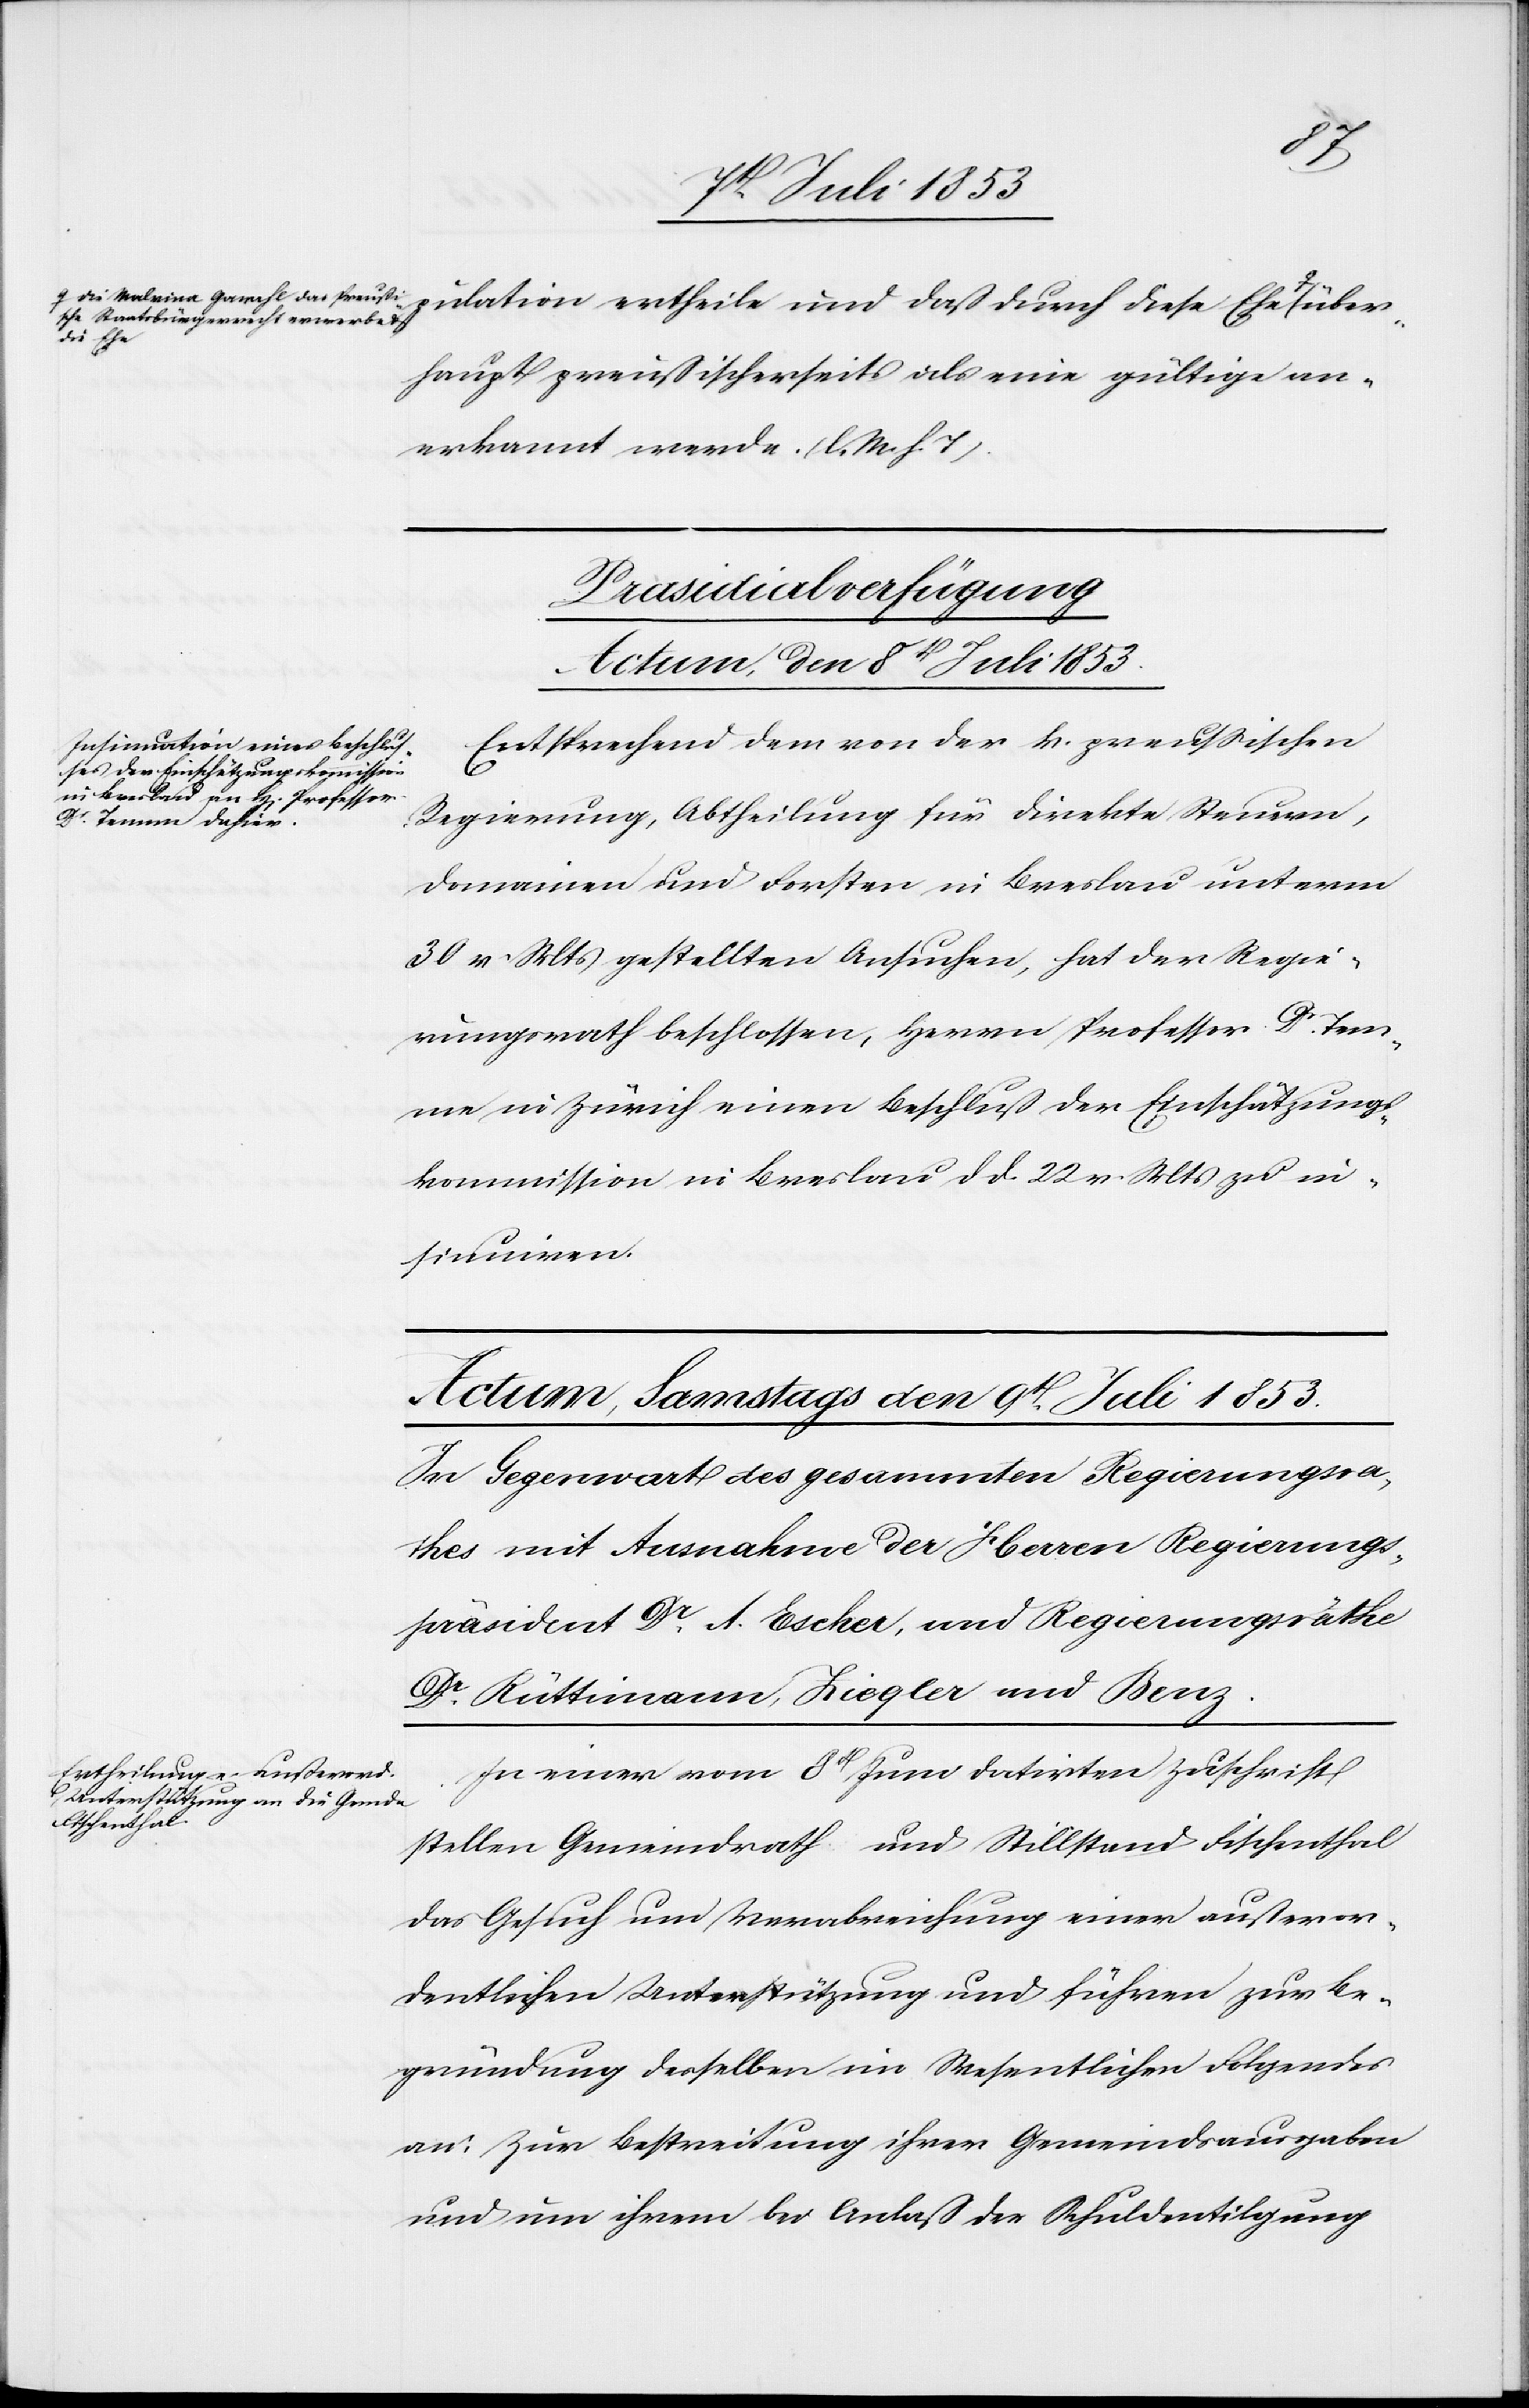
Preuß¬
ische Staatsbürgerrecht erwerbe u.
über¬
haupt preußischerseits als eine gültige an¬
erkannt werde. [l. M. h. T]
Prasidialverfügung
Actum den 8t[en] Juli 1853.
Entsprechend dem von der h. preußischen
Regierung, Abtheilung für direkte Steuern,
Domainen und Forsten, in Breslau unterm
30 v. Mts. gestellten Ansuchen, hat der Regie¬
rungsrath beschlossen, Herrn Professor Dr Tem¬
me in Zürich einen Beschluß der Einschätzungs¬
kommission in Breslau d. d. 22 v. Mts. zu in¬
sinuiren.
In einer vom 8t Juni datirten Zuschrift
stellen Gemeindrath und Stillstand Fischenthal
das Gesuch um Verabreichung einer außeror¬
dentlichen Unterstützung und führen zur Be¬
gründung desselben im Wesentlichen Folgendes
an; Zur Bestreitung ihrer Gemeindsausgaben
und um ihrem bei Anlaß der Schuldentilgung